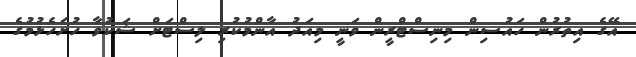
އޭގެ އިތުރުން ހައުސިން މިނިސްޓްރީން ވަނީ މިއަދު އާންމުކުރި ލިސްޓަށް ޝަކުވާ ހުށަހެޅުމުގެ